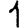
Digit: 1